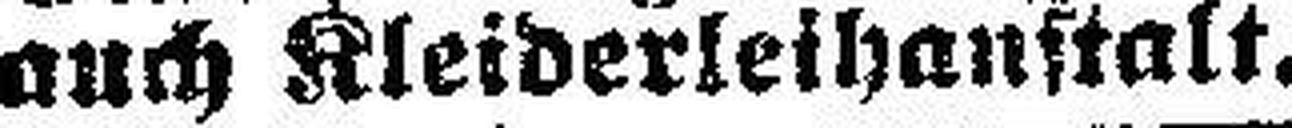
auch Kleiderleihanstalt. 41081—5